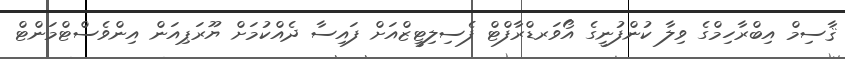
ޤާސިމް އިބްރާހިމްގެ ވިލާ ކުންފުނީގެ އޯވަރޑްރާފްޓް ފެސިލިޓީޒްއަށް ފައިސާ ދެއްކުމަށް ޔޫރަޕިއަން އިންވެސްޓްމަންޓް